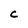
Character: C